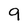
Character: 9